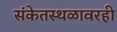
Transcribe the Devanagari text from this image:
संकेतस्थळावरही